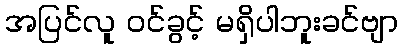
အပြင်လူ ဝင်ခွင့် မရှိပါဘူးခင်ဗျာ